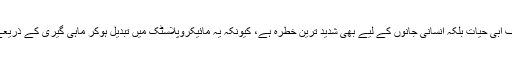
انہوں نے کہا کہ پولیتھن بیگ نہ صرف آبی حیات بلکہ انسانی جانوں کے لیے بھی شدید ترین خطرہ ہے، کیونکہ یہ مائیکروپلاسٹک میں تبدیل ہوکر ماہی گیری کے ذریعے انسانی خوراک میں شامل ہورہا ہے۔